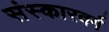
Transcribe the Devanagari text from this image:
संस्कारवर्ग